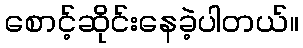
စောင့်ဆိုင်းနေခဲ့ပါတယ်။